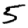
Digit: 5